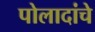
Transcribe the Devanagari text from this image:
पोलादांचे